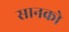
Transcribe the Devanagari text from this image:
सानको